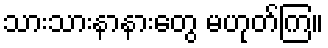
သားသားနာနားတွေ မဟုတ်ကြ။